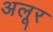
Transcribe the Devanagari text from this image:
अलूर